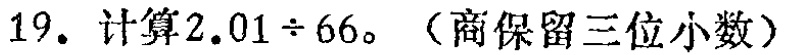
19. 计算$2.01\div66$。（商保留三位小数）